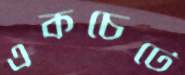
একচেটে